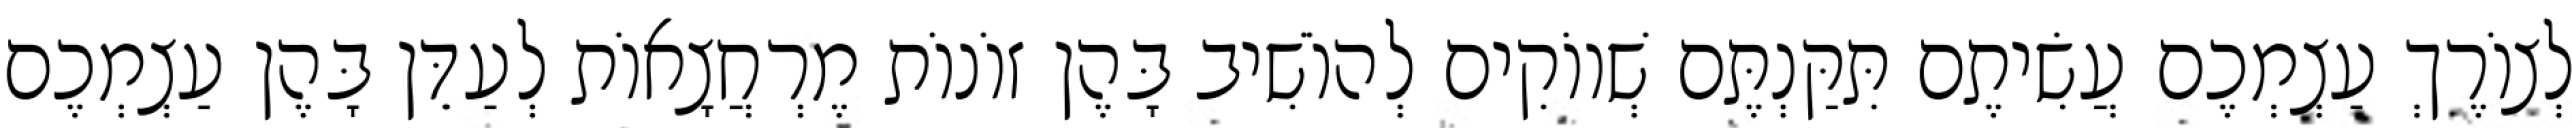
לְצוֹרֶךְ עַצְמְכֶם עֲשִׂיתֶם תִּקַּנְתֶּם שְׁווֹקִים לְהוֹשִׁיב בָּהֶן זוֹנוֹת מֶרְחֲצָאוֹת לְעַדֵּן בָּהֶן עַצְמְכֶם